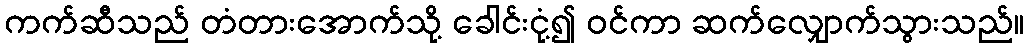
ကက်ဆီသည် တံတားအောက်သို့ ခေါင်းငုံ့၍ ဝင်ကာ ဆက်လျှောက်သွားသည်။